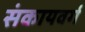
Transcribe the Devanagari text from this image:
संकायवर्ग